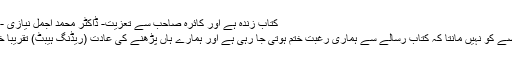
کتاب زندہ ہے اور کائرہ صاحب سے تعزیت- ڈاکٹر محمد اجمل نیازی - Daleel.Pk
میں اس مفروضے کو نہیں مانتا کہ کتاب رسالے سے ہماری رغبت ختم ہوتی جا رہی ہے اور ہمارے ہاں پڑھنے کی عادت (ریڈنگ ہیبٹ) تقریباً ختم ہو گئی ہے۔